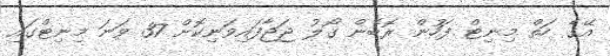
އޭގެ ހަތް މިނިޓް ފަހުން ރޮބެން ގޯލު ޖަޖާފައިވަނިކޮށް 37 ވަނަ މިނިޓްގައި